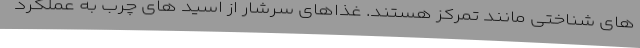
های شناختی مانند تمرکز هستند. غذاهای سرشار از اسید های چرب به عملکرد